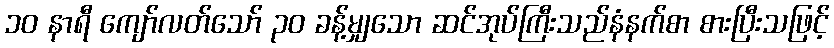
၁၀ နာရီ ကျော်လတ်သော် ၃၀ ခန့်မျှသော ဆင်အုပ်ကြီးသည်နံနက်စာ စားပြီးသဖြင့်